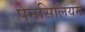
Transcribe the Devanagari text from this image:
पेनसिलियम